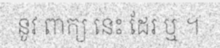
នូវ ពាក្យ នេះ ដែរ ឬ ។